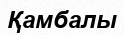
Қамбалы